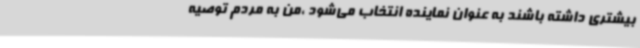
بیشتری داشته باشند به عنوان نماینده انتخاب می‌شود ،من به مردم توصیه